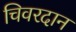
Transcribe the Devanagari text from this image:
चिवरदान